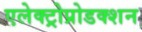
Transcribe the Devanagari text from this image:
एलेक्ट्रोप्रोडक्शन